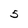
Character: 5